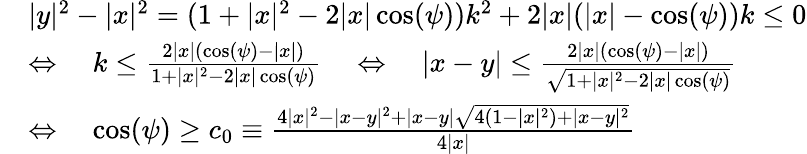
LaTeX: \begin{array}{rl}&{|y|^{2}-|x|^{2}=(1+|x|^{2}-2|x|\cos(\psi))k^{2}+2|x|(|x|-\cos(\psi))k\leq 0}\\ &{\Leftrightarrow\quad k\leq\frac{2|x|(\cos(\psi)-|x|)}{1+|x|^{2}-2|x|\cos(\psi)}\quad\Leftrightarrow\quad|x-y|\leq\frac{2|x|(\cos(\psi)-|x|)}{\sqrt{1+|x|^{2}-2|x|\cos(\psi)}}}\\ &{\Leftrightarrow\quad\cos(\psi)\geq c_{0}\equiv\frac{4|x|^{2}-|x-y|^{2}+|x-y|\sqrt{4(1-|x|^{2})+|x-y|^{2}}}{4|x|}}\end{array}